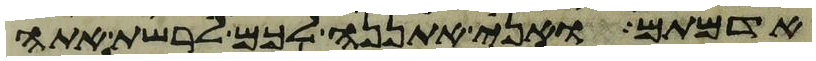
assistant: אדמתם ואני אתננה לכם לרשת אתה